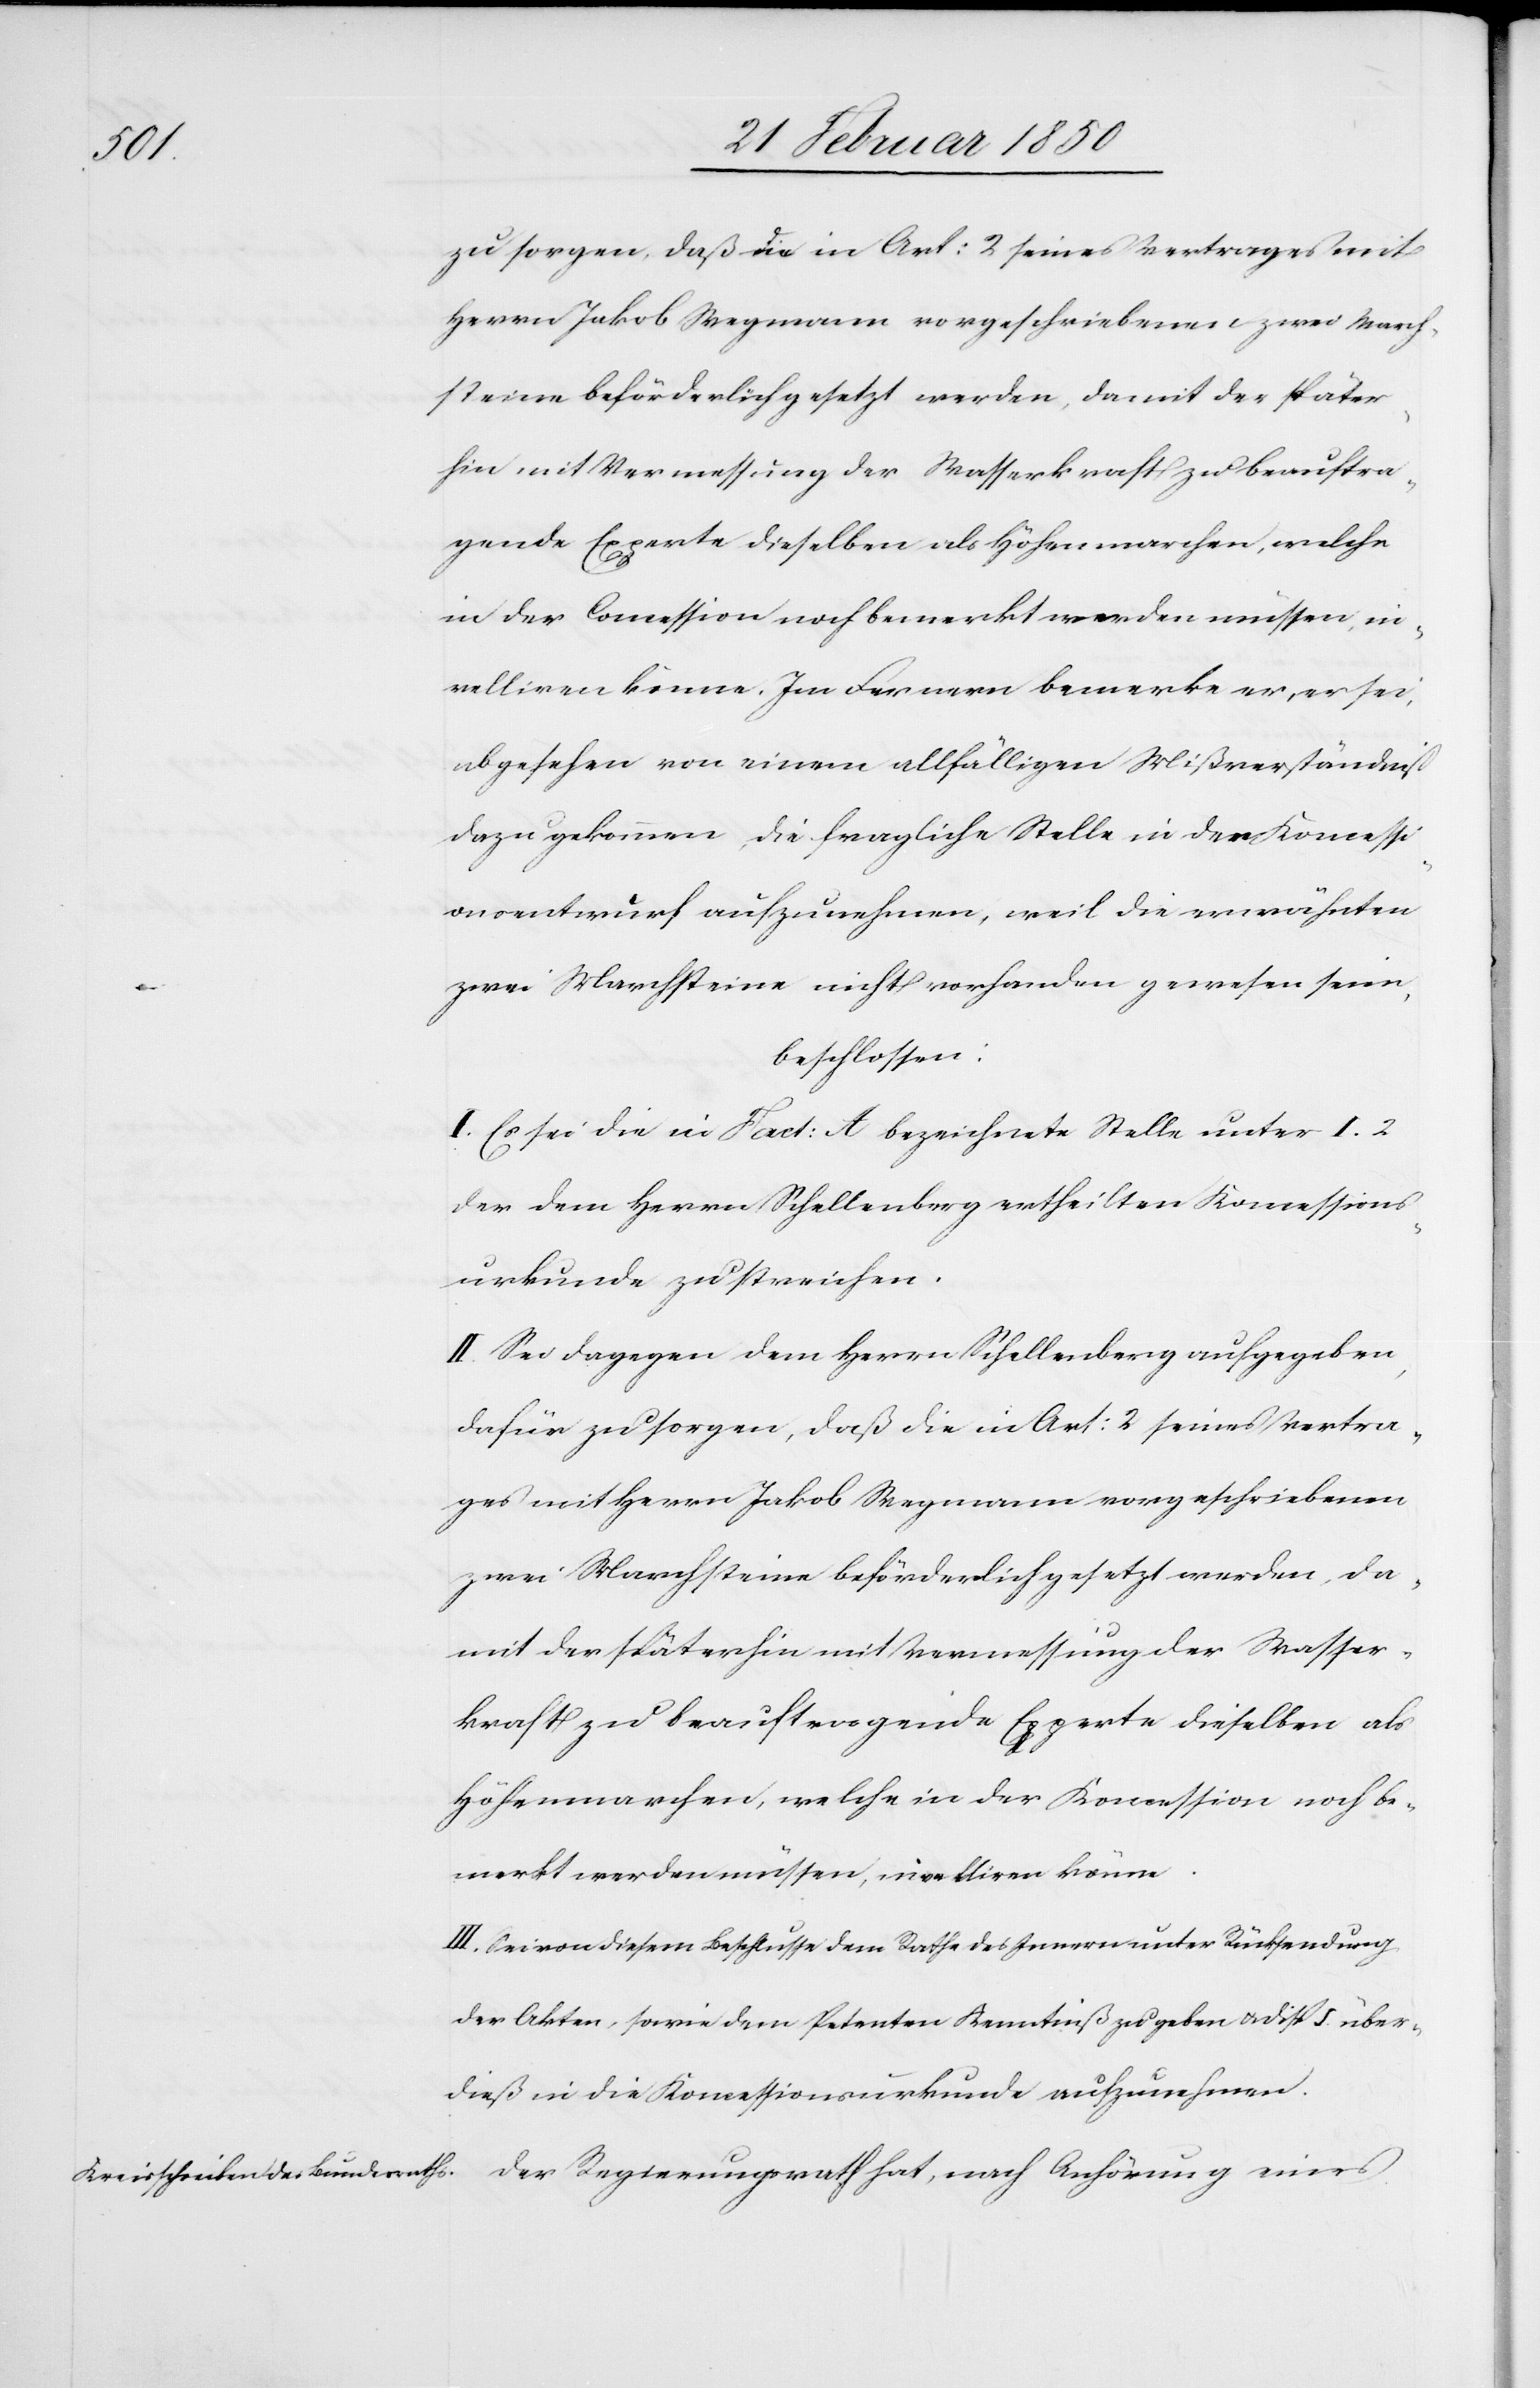
zu sorgen, daß die in Art: 2 seines Vertrages mit
Herrn Jakob Wegmann vorgeschriebenen zwei March¬
steine beförderlich gesetzt werden, damit der später¬
hin mit Vermessung der Wasserkraft zu beauftra¬
gende Experte dieselben als Höhenmarchen, welche
in der Concession noch bemerkt werden müssen, ni¬
velliren könne. Im Fernern bemerke er, er sei,
abgesehen von einem allfälligen Mißverständniß
dazu gekommen, die fragliche Stelle in den Koncessi¬
onsentwurf aufzunehmen, weil die erwähnten
zwei Marchsteine nicht vorhanden gewesen seien,
beschlossen:
I. Es sei die in Fact: A bezeichnete Stelle unter I. 2
der dem Herrn Schellenberg ertheilten Koncessions¬
urkunde zu streichen.
II. Sei dagegen dem Herrn Schellenberg aufgegeben,
dafür zu sorgen, daß die in Art: 2 seines Vertra¬
ges mit Herrn Jakob Wegmann vorgeschriebenen
zwei Marchsteine beförderlich gesetzt werden, da¬
mit der späterhin mit Vermessung der Wasser¬
kraft zu beauftragende Experte dieselben als
Höhenmarchen, welche in der Koncession noch be¬
merkt werden müssen, nivelliren könne.
III. Sei von diesem Beschlusse dem Rathe des Innern unter Rücksendung
der Akten, sowie dem Petenten Kenntniß zu geben u. Disp 5. über¬
dieß in die Koncessionsurkunde aufzunehmen.
Der Regierungsrath hat, nach Anhörung eines